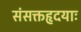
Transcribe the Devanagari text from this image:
संसक्तहृदयाः